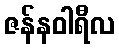
ဇန်နဝါရီလ